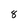
Character: 8